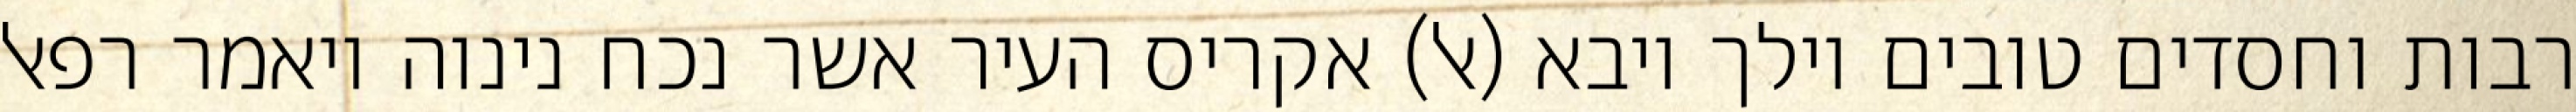
רבות וחסדים טובים וילך ויבא (אל) אקריס העיר אשר נכח נינוה ויאמר רפאל